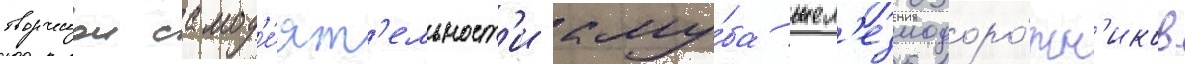
творческои самод'е́ят'ельност'и клу́ба жел'езнодоро́жн'иков